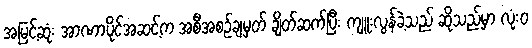
အမြင့်ဆုံး အာဏာပိုင်အဆင့်က အစီအစဉ်ချမှတ် ချိတ်ဆက်ပြီး ကျူးလွန်ခဲ့သည် ဆိုသည်မှာ လုံးဝ